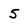
Character: 5